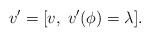
LaTeX: \begin{align*} v' = [v,\;v'(\phi)=\lambda].\end{align*}